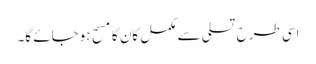
اسی طرح تسلی سے مکمل کان کا مسح ہوجائے گا۔